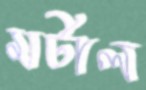
মর্টাল